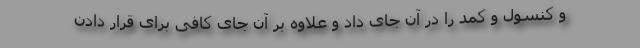
و کنسول و کمد را در آن جای داد و علاوه بر آن جای کافی برای قرار دادن